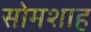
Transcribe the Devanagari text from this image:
सोमशाह